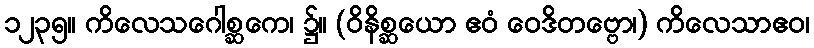
၁၂၃၅။ ကိလေသဂေါစ္ဆကေ၊ ၌။ (ဝိနိစ္ဆယော ဧဝံ ဝေဒိတဗ္ဗော၊) ကိလေသာဧဝ၊